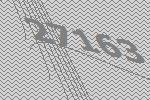
27163